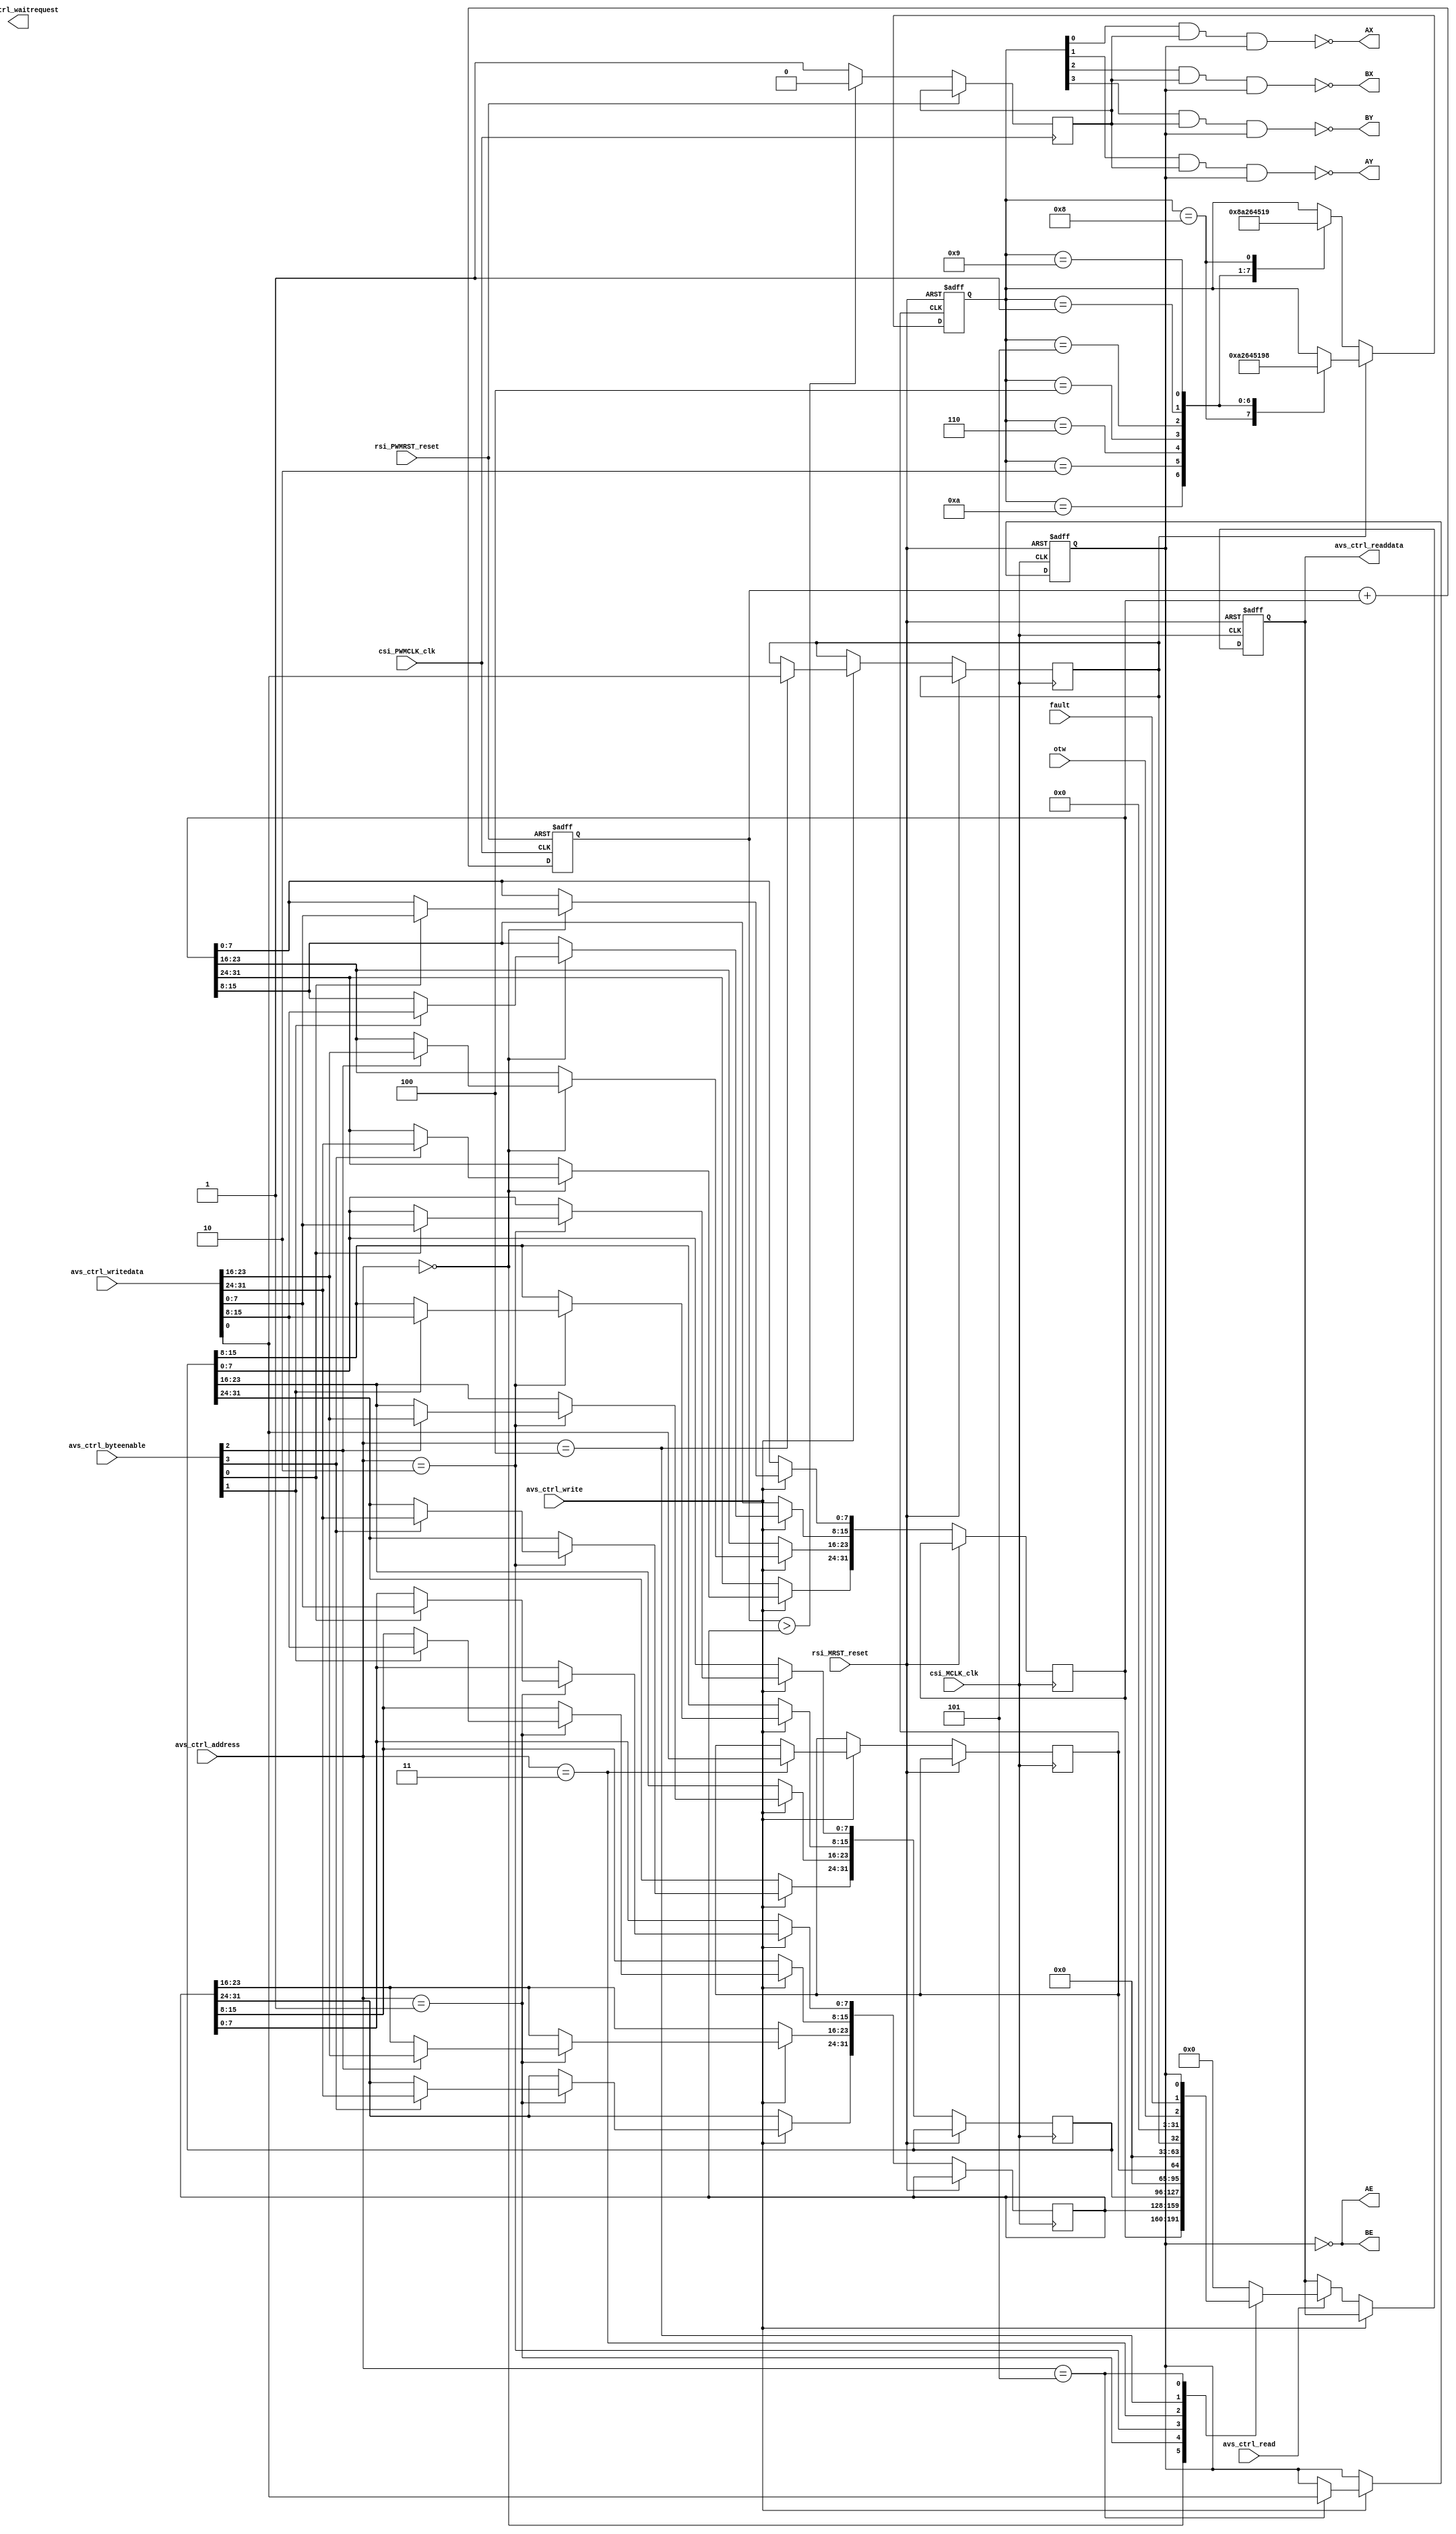
module step_motor_driver(
// Qsys bus interface	
		input					rsi_MRST_reset,
		input					csi_MCLK_clk,
		input		[31:0]	avs_ctrl_writedata,
		output	[31:0]	avs_ctrl_readdata,
		input		[3:0]		avs_ctrl_byteenable,
		input		[2:0]		avs_ctrl_address,
		input					avs_ctrl_write,
		input					avs_ctrl_read,
		output				avs_ctrl_waitrequest,
		
		input					rsi_PWMRST_reset,
      input					csi_PWMCLK_clk,
// step motor interface
		output AX,
		output AY,
		output BX,
		output BY,
		output AE,
		output BE,
		input  fault,
		input  otw
	);
	// Qsys bus controller
	reg        step;
	reg        forward_back;
	reg        on_off;
	reg [31:0] PWM_width_A;
	reg [31:0] PWM_width_B;
	reg [31:0] PWM_frequent;
	reg [31:0] read_data;
	assign	avs_ctrl_readdata = read_data;
	always@(posedge csi_MCLK_clk or posedge rsi_MRST_reset)
	begin
		if(rsi_MRST_reset) begin
			read_data <= 0;
			on_off <= 0;
		end
		else if(avs_ctrl_write) 
		begin
			case(avs_ctrl_address)
				0: begin
					if(avs_ctrl_byteenable[3]) PWM_frequent[31:24] <= avs_ctrl_writedata[31:24];
					if(avs_ctrl_byteenable[2]) PWM_frequent[23:16] <= avs_ctrl_writedata[23:16];
					if(avs_ctrl_byteenable[1]) PWM_frequent[15:8] <= avs_ctrl_writedata[15:8];
					if(avs_ctrl_byteenable[0]) PWM_frequent[7:0] <= avs_ctrl_writedata[7:0];
				end
				1: begin
					if(avs_ctrl_byteenable[3]) PWM_width_A[31:24] <= avs_ctrl_writedata[31:24];
					if(avs_ctrl_byteenable[2]) PWM_width_A[23:16] <= avs_ctrl_writedata[23:16];
					if(avs_ctrl_byteenable[1]) PWM_width_A[15:8] <= avs_ctrl_writedata[15:8];
					if(avs_ctrl_byteenable[0]) PWM_width_A[7:0] <= avs_ctrl_writedata[7:0];
				end
				2: begin
					if(avs_ctrl_byteenable[3]) PWM_width_B[31:24] <= avs_ctrl_writedata[31:24];
					if(avs_ctrl_byteenable[2]) PWM_width_B[23:16] <= avs_ctrl_writedata[23:16];
					if(avs_ctrl_byteenable[1]) PWM_width_B[15:8] <= avs_ctrl_writedata[15:8];
					if(avs_ctrl_byteenable[0]) PWM_width_B[7:0] <= avs_ctrl_writedata[7:0];
				end
				3: step <= avs_ctrl_writedata[0];
				4: forward_back <= avs_ctrl_writedata[0];
				5: on_off <= avs_ctrl_writedata[0];
				default:;
			endcase
	   end
		else if(avs_ctrl_read)
		begin
			case(avs_ctrl_address)
				0: read_data <= PWM_frequent;
				1: read_data <= PWM_width_A;
				2: read_data <= PWM_width_B;
				3: read_data <= {31'b0,step};
				4: read_data <= {31'b0,forward_back};
				5: read_data <= {29'b0,otw,fault,on_off};
				default: read_data <= 32'b0;
			endcase
		end
	end
	
//PWM controller
	reg [31:0] PWM_A;
	reg [31:0] PWM_B;
	reg PWM_out_A;
	reg PWM_out_B;
	always @ (posedge csi_PWMCLK_clk or posedge rsi_PWMRST_reset)
	begin
		if(rsi_PWMRST_reset)
			PWM_A <= 32'b0;
		else
		begin
			PWM_A <= PWM_A + PWM_frequent;
			PWM_out_A <=(PWM_A > PWM_width_A) ? 0:1;   
		end
	end
	always @ (posedge csi_PWMCLK_clk or posedge rsi_PWMRST_reset)
	begin
		if(rsi_PWMRST_reset)
			PWM_B <= 32'b0;
		else
		begin
			PWM_B <= PWM_B + PWM_frequent;
			PWM_out_B <=(PWM_B > PWM_width_B) ? 0:1;   
		end
	end

	// step motor state
	reg [0:3] motor_state;
	always @ (posedge step or posedge rsi_MRST_reset)
	begin
		if(rsi_MRST_reset)
			motor_state	<= 4'b 1000;
		else 
		begin
			if(forward_back)
			case(motor_state)
				4'b1000: motor_state<= 4'b1010;
				4'b1010: motor_state<= 4'b0010;
				4'b0010: motor_state<= 4'b0110;
				4'b0110: motor_state<= 4'b0100;
				4'b0100: motor_state<= 4'b0101;
				4'b0101: motor_state<= 4'b0001;
				4'b0001: motor_state<= 4'b1001;
				4'b1001: motor_state<= 4'b1000;
			endcase
			else
			case(motor_state)
				4'b1010: motor_state<= 4'b1000;
				4'b0010: motor_state<= 4'b1010;
				4'b0110: motor_state<= 4'b0010;
				4'b0100: motor_state<= 4'b0110;
				4'b0101: motor_state<= 4'b0100;
				4'b0001: motor_state<= 4'b0101;
				4'b1001: motor_state<= 4'b0001;
				4'b1000: motor_state<= 4'b1001;
			endcase
		end
	end
	
	//output signal
	assign AE = !on_off;
	assign BE = !on_off;
	assign AX = !(motor_state[3] & PWM_out_A & on_off);
	assign AY = !(motor_state[2] & PWM_out_A & on_off);
	assign BX = !(motor_state[1] & PWM_out_A & on_off);
	assign BY = !(motor_state[0] & PWM_out_A & on_off);
	
endmodule